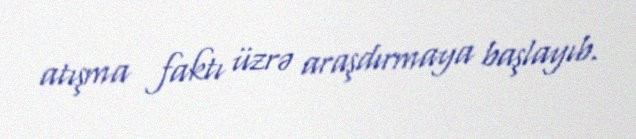
atışma faktı üzrə araşdırmaya başlayıb.